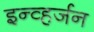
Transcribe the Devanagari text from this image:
इन्व्हर्जन